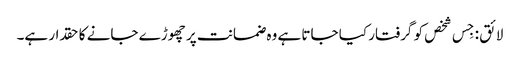
لائق : جِس شخص کو گرفتار کیا جاتا ہے وہ ضمانت پر چھوڑے جانے کا حقدار ہے۔